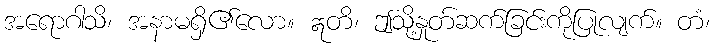
အရောဂါသိ၊ အနာမရှိ၏လော။ ဣတိ၊ ဤသို့နှုတ်ဆက်ခြင်းကိုပြုလျက်။ တံ၊